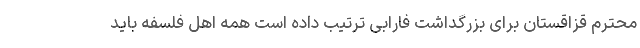
محترم قزاقستان برای بزرگداشت فارابی ترتیب داده است همه اهل فلسفه باید